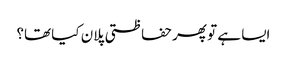
ایسا ہے تو پھر حفاظتی پلان کیا تھا؟